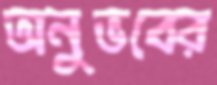
অনুভবের